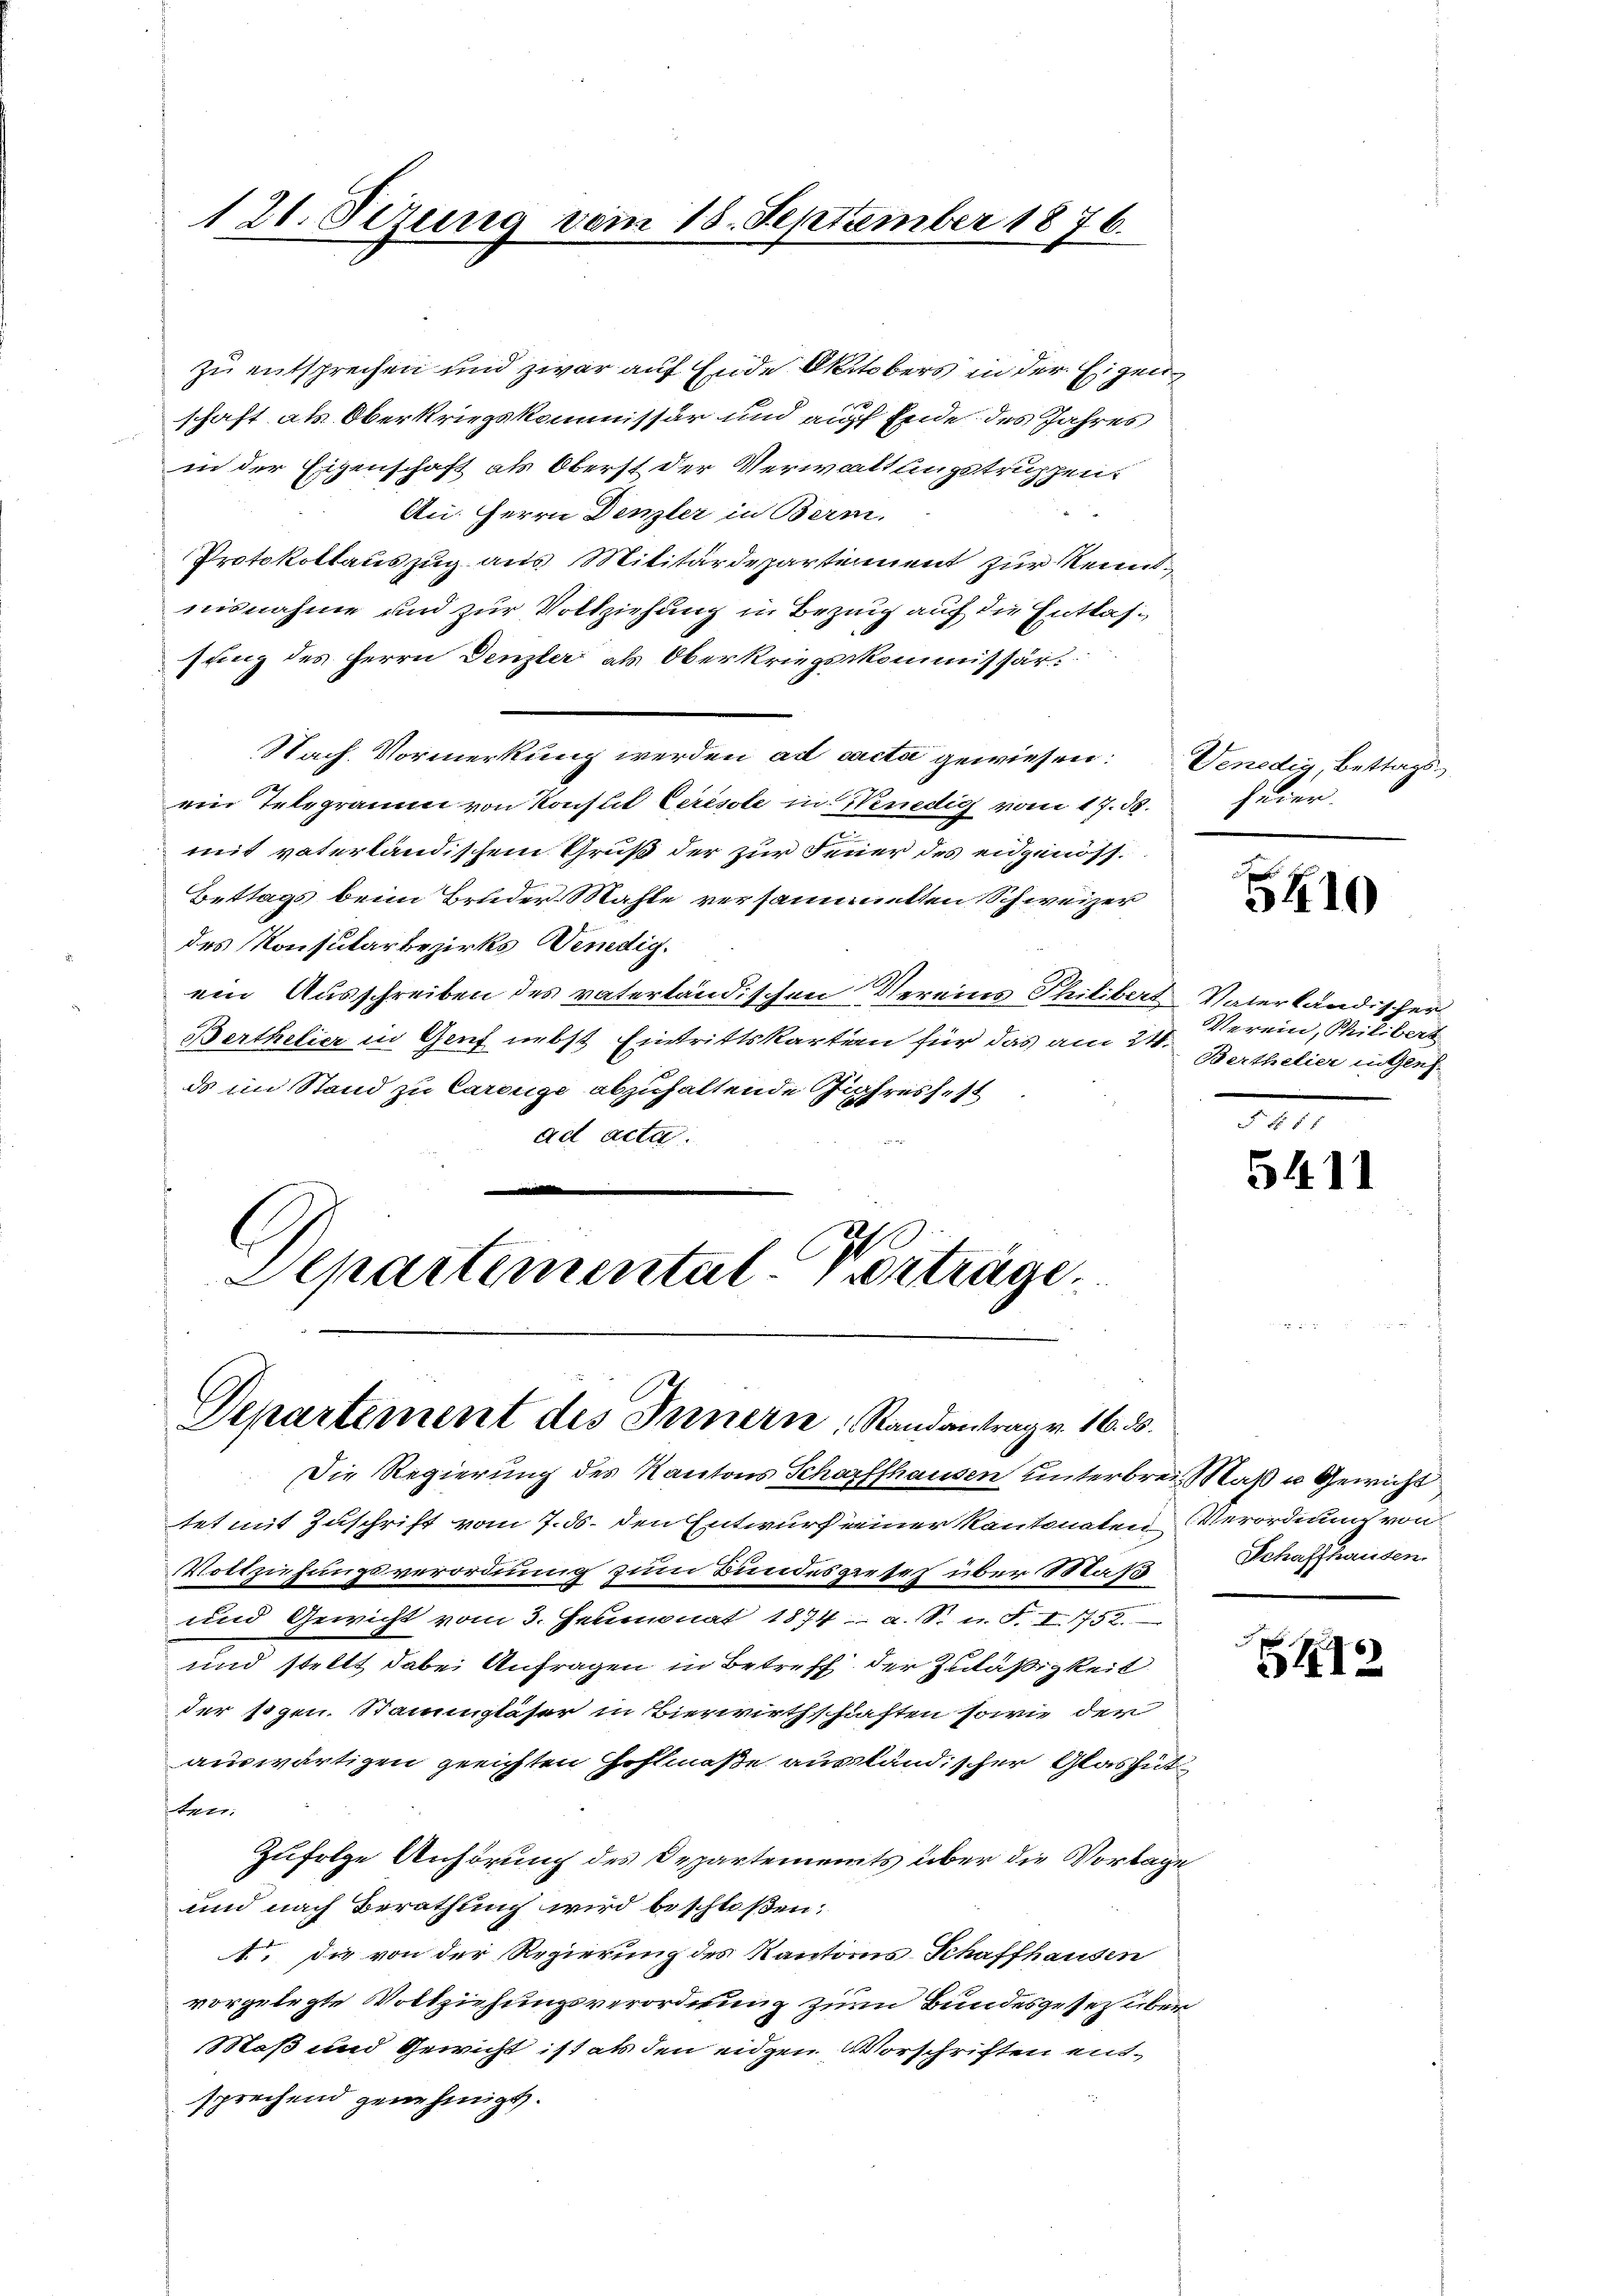
121. Sezung vom 18. September 1876.

zu entsprechen und zwar auf Ende Oktobers in der Eigen

schaft als Oberkriegskommissär und auff Ende des Jahres
in der Eigenschaft als Oberst der Verwaltungstruppen.
An: Herrn Denzler in Berm.
Protokollauszug aus Militärdepartiment zur Reindnisnahme und zur Vollziehung in Bezug auf die Entlassung des Herrn Denzler als Oberkriegskommissär
Nach Vormerkung werden ad cacta gewiesen: Venedig, Bettagsein Telegramm von Konflil Ceresole in Venedig vom 17. d.
mit vaterländischem Gruß der zur Feuer des eidgenöss.
Bettags beim Bruder Mahle versammetten Schweizer
des Konsularbezirks Venedig.
ein Ausschreiben des vaterländischen Vereins Philibers Vaterländischer
Berthelier in Genf nebst Eintrittskarten für das am 21.
ds im Stand zu Careuge abzuhaltende Jahresfest
ad acta.
.
Departemental-Vertrage

Departement des Innern, Randantrag v. 16. ds.

heier.

Die Regierung des Kantons Schaffhausen unterbrei Maß u Gewicht
tet mit Zuschrift vom 7. ds. den Entwurf einer Kantonaten Verordnung von
Vollziehungsverordnung zum Bundesgeseh über Stat
und Gewicht vom 3. Heumonat 1874 a. S. u. F. I 1752.
und stellt dabei Anfragen in Betreff der Zuläßigkeit
der sogen. Stammgläser in Bierwirthschaften sowie der
auswärtigen gerichten Hohlmaße ausländischer Glashüt
ten.
Zufolge Anhörung des Departements über die Vorlage
und nach Berathung wird beschloßen:
A. Die von der Regierung des Kantons Schaffhausen
vorgelegte Vollziehungsverordnung zur Bundesgesetz über
Maß und Gewicht ist als den eidgen Vorschriften entsprechend genehmigt.

5410

Verein, Philibert
Berthelier ungen.

§ 55
5411

Schaffhausen.

12